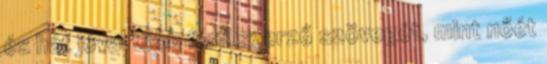
és hát jóval több férfi szerző szövegét, mint nőét